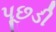
પૂછડી